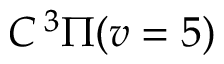
C \, { } ^ { 3 } \Pi ( v = 5 )